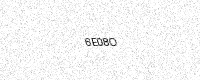
Text: 6E08O